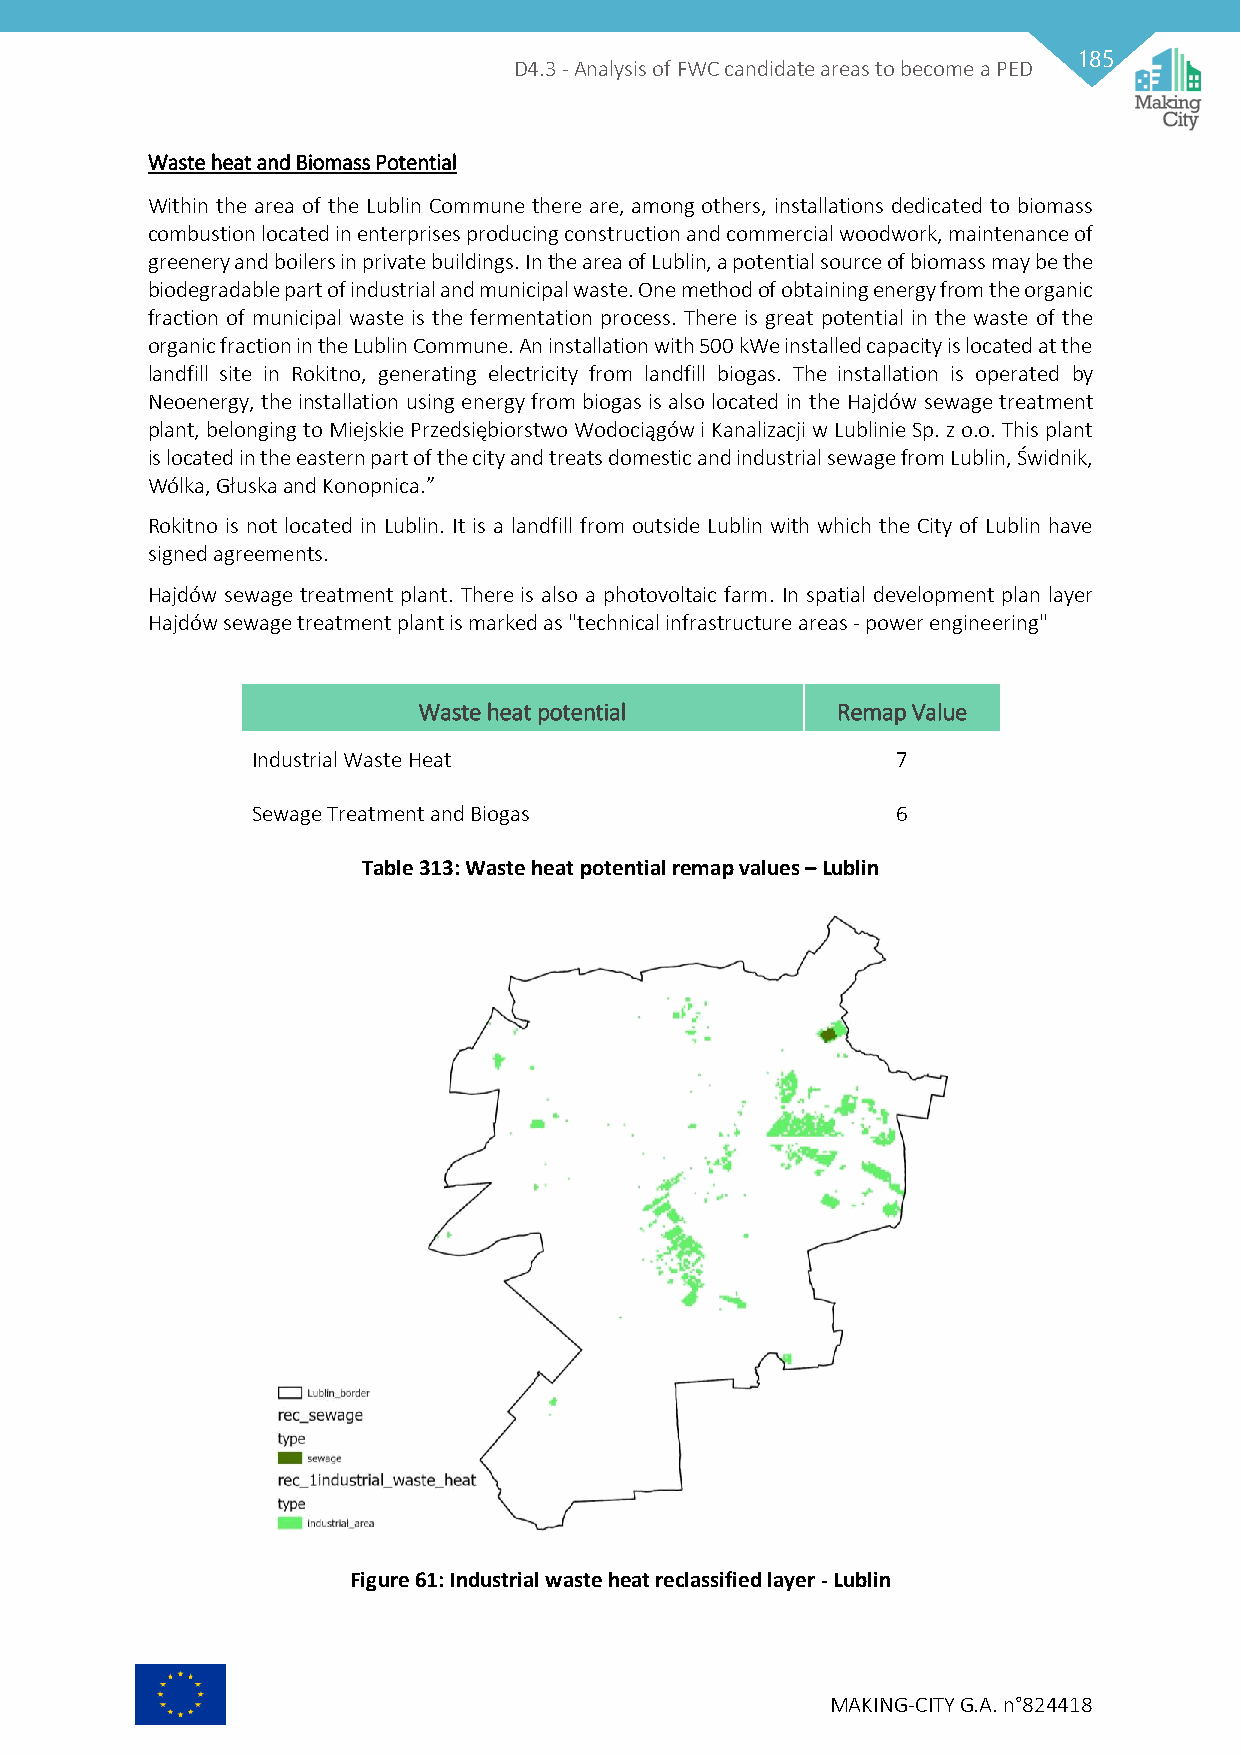
185
 D4.3 - Analysis of FWC candidate areas to become a PED
 Waste heat and Biomass Potential
 Within the area of the Lublin Commune there are, among others, installations dedicated to biomass
 combustion located in enterprises producing construction and commercial woodwork, maintenance of
 greenery and boilers in private buildings. In the area of Lublin, a potential source of biomass may be the
 biodegradable part of industrial and municipal waste. One method of obtaining energy from the organic
 fraction of municipal waste is the fermentation process. There is great potential in the waste of the
 organic fraction in the Lublin Commune. An installation with 500 kWe installed capacity is located at the
 landfill site in Rokitno, generating electricity from landfill biogas. The installation is operated by
 Neoenergy, the installation using energy from biogas is also located in the Hajdów sewage treatment
 plant, belonging to Miejskie Przedsiębiorstwo Wodociągów i Kanalizacji w Lublinie Sp. z o.o. This plant
 is located in the eastern part of the city and treats domestic and industrial sewage from Lublin, Świdnik,
 Wólka, Głuska and Konopnica.”
 Rokitno is not located in Lublin. It is a landfill from outside Lublin with which the City of Lublin have
 signed agreements.
 Hajdów sewage treatment plant. There is also a photovoltaic farm. In spatial development plan layer
 Hajdów sewage treatment plant is marked as "technical infrastructure areas - power engineering"
 Waste heat potential       Remap Value
 Industrial Waste Heat                     7
 Sewage Treatment and Biogas               6
 Table 313: Waste heat potential remap values – Lublin
 Figure 61: Industrial waste heat reclassified layer - Lublin
 MAKING-CITY G.A. n°824418